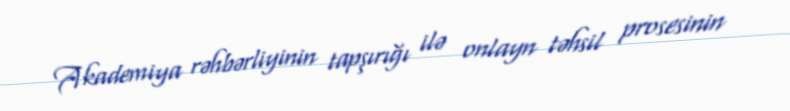
Akademiya rəhbərliyinin tapşırığı ilə onlayn təhsil prosesinin